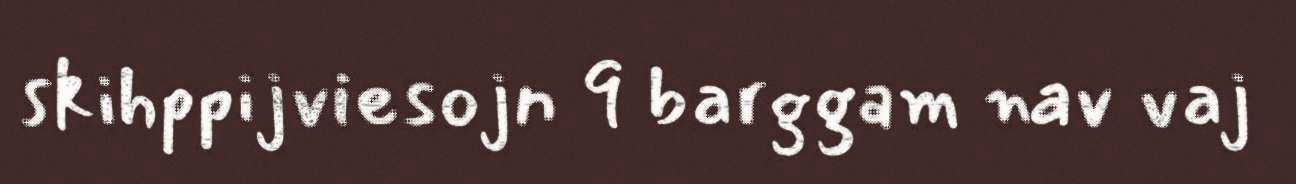
skihppijviesojn 9 barggam nav vaj